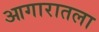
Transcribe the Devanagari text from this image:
आगारातला